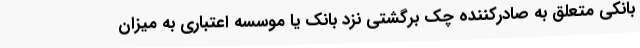
بانکی متعلق به صادرکننده چک برگشتی نزد بانک یا موسسه اعتباری به میزان